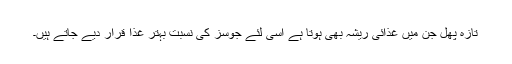
تازہ پھل جن میں غذائی ریشہ بھی ہوتا ہے اسی لئے جوسز کی نسبت بہتر غذا قرار دیے جاتے ہیں۔